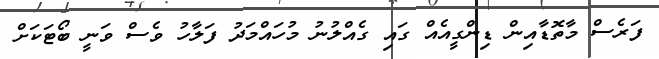
ފަރެސް މާތޮޑާއިން ޑިންގީއެއް ގައި ގެއްލުނު މުހައްމަދު ފަލާހު ވެސް ވަނީ ބޯޓަކަށް